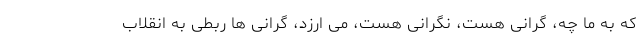
که به ما چه، گرانی هست، نگرانی هست، می ارزد، گرانی ها ربطی به انقلاب